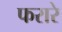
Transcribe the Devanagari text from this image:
फरारे